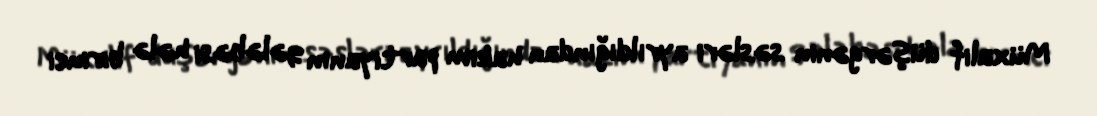
Müxalif düşərgənin səsləri ayrıldığından hakim partiyanın qələbəsi hələ birinci